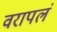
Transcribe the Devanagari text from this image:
वरापलं